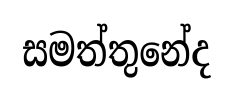
සමත්තුනේද